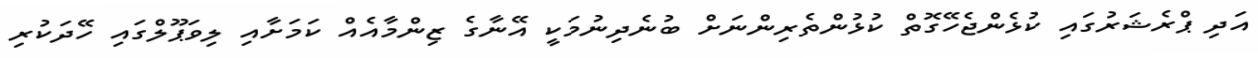
އަދި ޕްރެޝަރުގައި ކުޅެންޖެހޭގޮތް ކުޅުންތެރިންނަށް ބުނެދިނުމަކީ އޭނާގެ ޒިންމާއެއް ކަމަށާއި ލިވަޕޫލްގައި ހޭދަކުރި